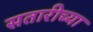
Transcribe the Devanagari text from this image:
सतारीच्या